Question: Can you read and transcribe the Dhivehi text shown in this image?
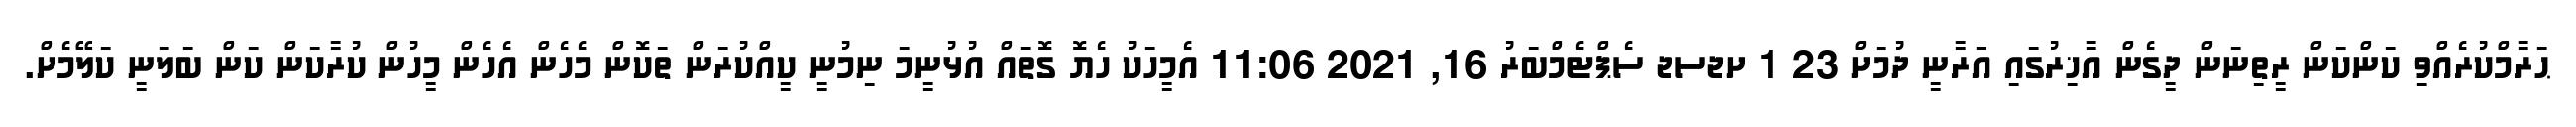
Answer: ޙަރާމްކުރެއްވި ކަންކަން ރީތިނަން ދީގެން އާޚިރުގައި އަރާނީ ދުމަށް 23 1 ށޖސޖ ސެޕްޓެމްބަރު 16, 2021 11:06 އެމީހަކު ހެޔޮ ގޮތައް އުޅުނީމަ ނިމުނީ ކީއްކުރަން ތަކޮން މެހެން އެހެން މީހުން ކުރާކަން ކަން ބަލަނީ ކަލޭމެށް.